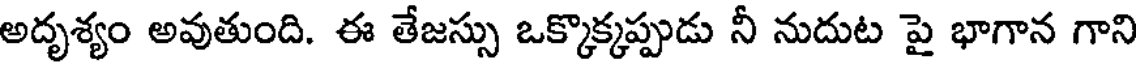
అదృశ్యం అవుతుంది. ఈ తేజస్సు ఒక్కొక్కప్పుడు నీ నుదుట పై భాగాన గాని